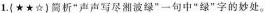
1. {★★☆)简析“声声写尽湘波绿”一句中“绿”字的妙处。